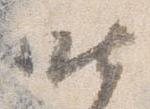
昨